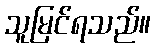
သူမြင်ရသည်။